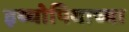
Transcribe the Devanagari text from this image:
इथ्योपियाच्या